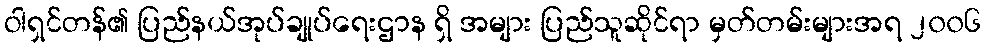
ဝါရှင်တန်၏ ပြည်နယ်အုပ်ချုပ်ရေးဌာန ရှိ အများ ပြည်သူဆိုင်ရာ မှတ်တမ်းများအရ ၂၀၀၆